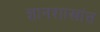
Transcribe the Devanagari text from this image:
ज्ञानशाखांत